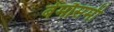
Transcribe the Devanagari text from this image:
बेमौसमी